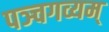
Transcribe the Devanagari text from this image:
पञ्चगव्यम्